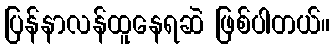
ပြန်နာလန်ထူနေရဆဲ ဖြစ်ပါတယ်။